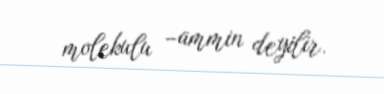
molekulu –ammin deyilir.